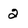
Character: 2